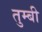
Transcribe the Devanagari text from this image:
तुम्बी